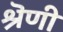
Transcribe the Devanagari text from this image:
श्रॆणी